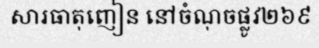
សារធាតុញៀន នៅចំណុចផ្លូវ២៦៩